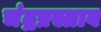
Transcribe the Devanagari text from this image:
चंद्रप्रस्ताव